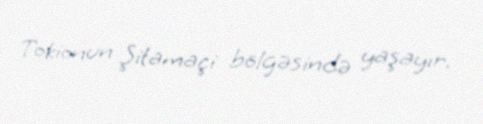
Tokionun Şitamaçi bölgəsində yaşayır.